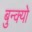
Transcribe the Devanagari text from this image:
बुन्क्यो